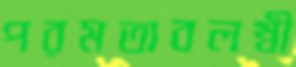
পরমতাবলম্বী